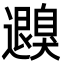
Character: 𦤮